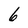
Character: 6